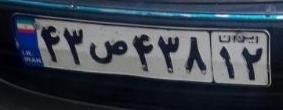
۴۳ص۴۳۸۱۲